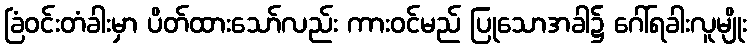
ခြံဝင်းတံခါးမှာ ပိတ်ထားသော်လည်း ကားဝင်မည် ပြုသောအခါ၌ ဂေါ်ရခါးလူမျိုး